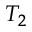
T _ { 2 }